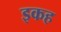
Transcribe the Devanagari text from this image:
इकह